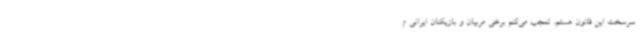
سرسخت این قانون هستم. تعجب می‌کنم برخی مربیان و بازیکنان ایرانی م